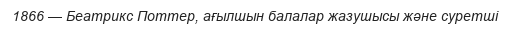
1866 — Беатрикс Поттер, ағылшын балалар жазушысы және суретші